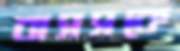
বাসসকে